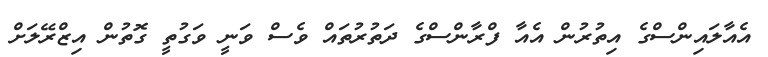
އެއާލައިންސްގެ އިތުރުން އެއާ ފްރާންސްގެ ދަތުރުތައް ވެސް ވަނީ ވަގުތީ ގޮތުން އިޒްރޭލަށް